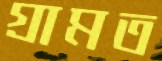
গ্রামত